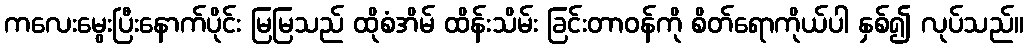
ကလေးမွေးပြီးနောက်ပိုင်း မြမြသည် ထိုစံအိမ် ထိန်းသိမ်း ခြင်းတာဝန်ကို စိတ်ရောကိုယ်ပါ နှစ်၍ လုပ်သည်။